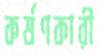
কর্ষণকারী